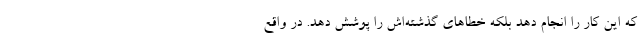
که این کار را انجام دهد بلکه خطاهای گذشته‌اش را پوشش دهد. در واقع